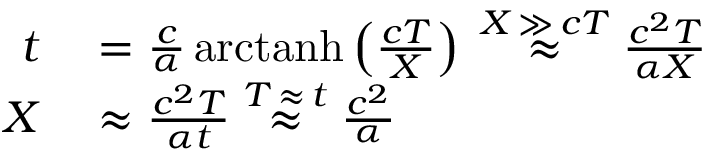
\begin{array} { r l } { t } & { { } = { \frac { c } { \alpha } } \operatorname { a r c t a n h } \left( { \frac { c T } { X } } \right) \; { \overset { X \, \gg \, c T } { \approx } } \; { \frac { c ^ { 2 } T } { \alpha X } } } \\ { X } & { { } \approx { \frac { c ^ { 2 } T } { \alpha t } } \; { \overset { T \, \approx \, t } { \approx } } \; { \frac { c ^ { 2 } } { \alpha } } } \end{array}